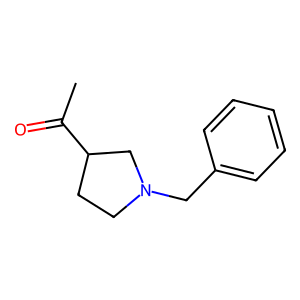
SMILES: CC(=O)C1CCN(Cc2ccccc2)C1
Inhibits HIV replication: No